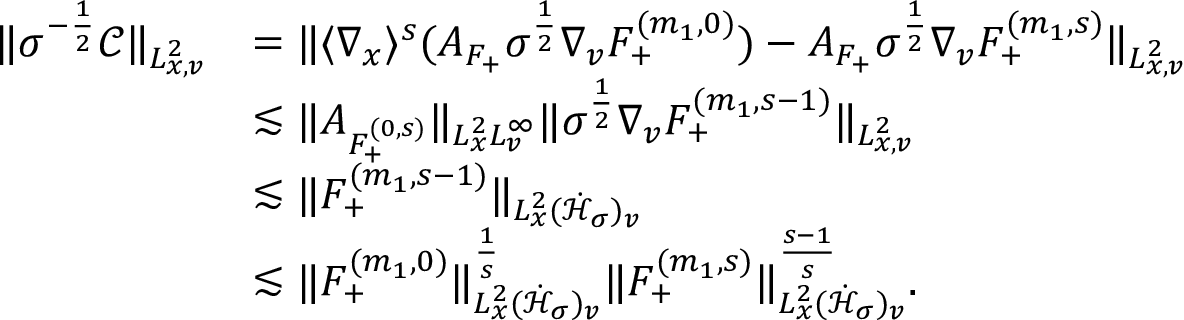
\begin{array} { r l } { \| \sigma ^ { - \frac { 1 } { 2 } } \mathcal C \| _ { L _ { x , v } ^ { 2 } } } & { = \| \langle \nabla _ { x } \rangle ^ { s } ( A _ { F _ { + } } \sigma ^ { \frac { 1 } { 2 } } \nabla _ { v } F _ { + } ^ { ( m _ { 1 } , 0 ) } ) - A _ { F _ { + } } \sigma ^ { \frac { 1 } { 2 } } \nabla _ { v } F _ { + } ^ { ( m _ { 1 } , s ) } \| _ { L _ { x , v } ^ { 2 } } } \\ & { \lesssim \| A _ { F _ { + } ^ { ( 0 , s ) } } \| _ { L _ { x } ^ { 2 } L _ { v } ^ { \infty } } \| \sigma ^ { \frac { 1 } { 2 } } \nabla _ { v } F _ { + } ^ { ( m _ { 1 } , s - 1 ) } \| _ { L _ { x , v } ^ { 2 } } } \\ & { \lesssim \| F _ { + } ^ { ( m _ { 1 } , s - 1 ) } \| _ { L _ { x } ^ { 2 } ( \dot { \mathcal H } _ { \sigma } ) _ { v } } } \\ & { \lesssim \| F _ { + } ^ { ( m _ { 1 } , 0 ) } \| _ { L _ { x } ^ { 2 } ( \dot { \mathcal H } _ { \sigma } ) _ { v } } ^ { \frac { 1 } { s } } \| F _ { + } ^ { ( m _ { 1 } , s ) } \| _ { L _ { x } ^ { 2 } ( \dot { \mathcal H } _ { \sigma } ) _ { v } } ^ { \frac { s - 1 } { s } } . } \end{array}